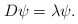
\begin{align*}D\psi=\lambda\psi.\end{align*}